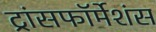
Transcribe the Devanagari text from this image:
ट्रांसफॉर्मेशंस